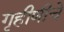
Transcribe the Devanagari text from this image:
गृहीणीचे